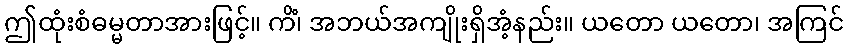
ဤထုံးစံဓမ္မတာအားဖြင့်။ ကိံ၊ အဘယ်အကျိုးရှိအံ့နည်း။ ယတော ယတော၊ အကြင်